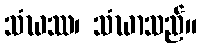
သံဃဿ၊ သံဃာသည်။